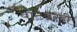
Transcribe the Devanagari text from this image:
वाटेवरही